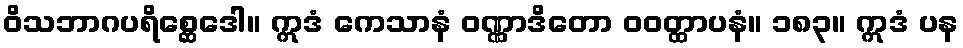
ဝိသဘာဂပရိစ္ဆေဒေါ။ ဣဒံ ကေသာနံ ဝဏ္ဏာဒိတော ဝဝတ္ထာပနံ။ ၁၈၃။ ဣဒံ ပန